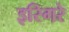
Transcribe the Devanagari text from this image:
इरिगरे